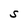
Character: S